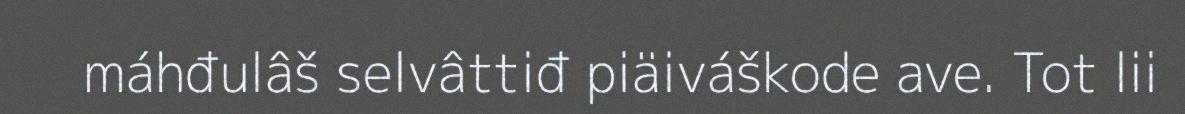
máhđulâš selvâttiđ piäiváškode ave. Tot lii